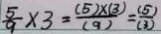
\frac { 5 } { 9 } \times 3 = \frac { ( 5 ) \times ( 3 ) } { ( 9 ) } = \frac { ( 5 ) } { ( 3 ) }